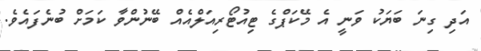
އަދި ގިނަ ބަޔަކު ވަނީ އެ މޭކަޕްގެ ޓިއުޓޯރިއަލްއެއް ބޭނުންވާ ކަމަށް ބުނެފައެވެ.